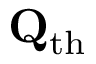
\mathbf { Q } _ { \mathrm { t h } }